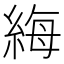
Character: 䋦